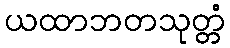
ယထာဘတသုတ္တံ